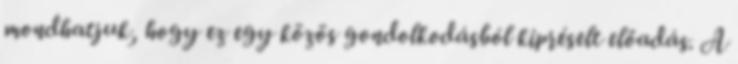
mondhatjuk, hogy ez egy közös gondolkodásból kipréselt előadás. A